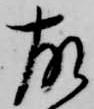
故